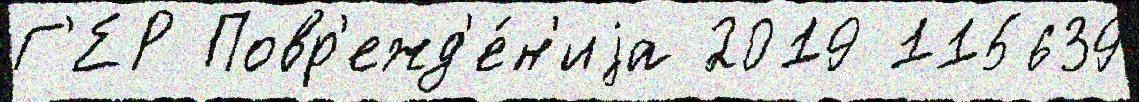
Г'ЕР Повр'ежд'е́н'иjа 2019 115639